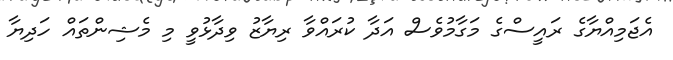
އެޖަމިއްޔާގެ ރައީސްގެ މަގާމުވެސް އަދާ ކުރައްވާ ރިޔާޒު ވިދާޅުވީ މި މެޝިންތައް ހަދިޔާ